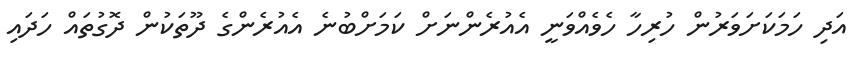
އަދި ހަމަކަށަވަރުން ހުރިހާ ހެވެއްވަނީ އެއުރެންނަށް ކަމަށްބުނެ އެއުރެންގެ ދޫތަކުން ދޮގުތައް ހަދައި